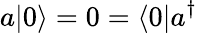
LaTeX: a|0\rangle=0=\langle 0|a^{\dagger}